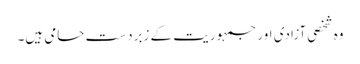
وہ شخصی آزادی اور جمہوریت کے زبردست حامی ہیں۔